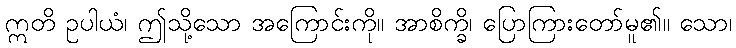
ဣတိ ဥပါယံ၊ ဤသို့သော အကြောင်းကို။ အာစိက္ခိ၊ ပြောကြားတော်မူ၏။ သော၊